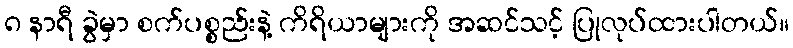
၈ နာရီ ခွဲမှာ စက်ပစ္စည်းနဲ့ ကိရိယာများကို အဆင်သင့် ပြုလုပ်ထားပါတယ်။